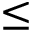
\leq